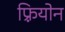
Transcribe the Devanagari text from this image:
फ़्रियोन